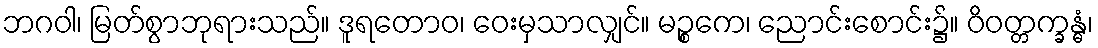
ဘဂဝါ၊ မြတ်စွာဘုရားသည်။ ဒူရတောဝ၊ ဝေးမှသာလျှင်။ မဉ္စကေ၊ ညောင်းစောင်း၌။ ဝိဝတ္တက္ခန္ဓံ၊